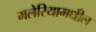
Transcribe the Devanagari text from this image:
मलेरियामधील